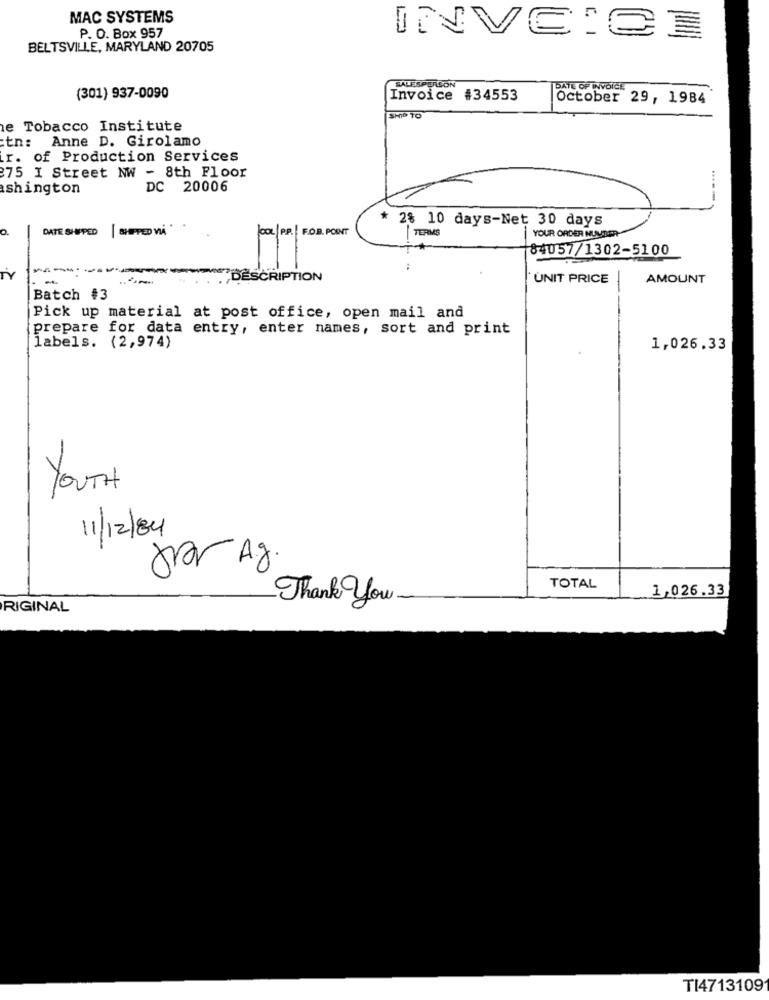
MAC SYSTEMS
P. O. Box 957
INVECE
BELTSVILLE, MARYLAND 20705
SALESPERSON
DATE OF INVOICE
(301) 937-0090
Invoice #34553
October 29, 1984
SHIP TO
e Tobacco Institute
tn: Anne D. Girolamo
r. of Production Services
375 I Street NW - 8th Floor
shington
DC 20006
* 28 10 days-Net 30 days
o.
DATE SHIPPED | SHIPPED NA"
COL P.P. FOR POINT
TERMS
YOUR ORDER NUMBER
84057/1302-5100
-
.. .
DESCRIPTION
UNIT PRICE
AMOUNT
Batch #3
Pick up material at post office, open mail and
prepare for data entry, enter names, sort and print
labels. (2,974)
1,026.33
YOUTH
11/12/84
for A.g.
TOTAL
1,026.33
Thank you-
RIGINAL
TI4713109